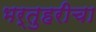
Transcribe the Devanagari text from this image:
भर्तुहरीचा